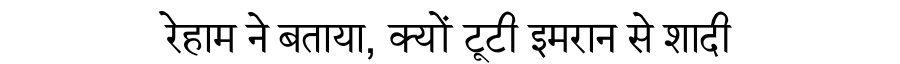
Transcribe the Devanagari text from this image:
रेहाम ने बताया, क्यों टूटी इमरान से शादी